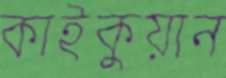
কাইকুয়ান